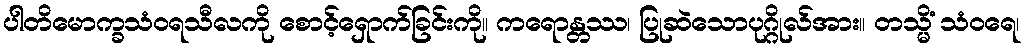
ပါတိမောက္ခသံဝရသီလကို စောင့်ရှောက်ခြင်းကို။ ကရောန္တဿ၊ ပြုဆဲသောပုဂ္ဂိုလ်အား။ တသ္မိံ သံဝရေ၊